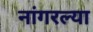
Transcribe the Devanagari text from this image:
नांगरल्या